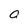
Character: o